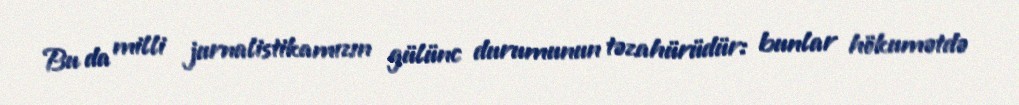
Bu da milli jurnalistikamızın gülünc durumunun təzahürüdür: bunlar hökumətdə